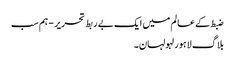
ضبط کے عالم میں ایک بے ربط تحریر - ہم سب
بلاگ لاہور لہولہان۔